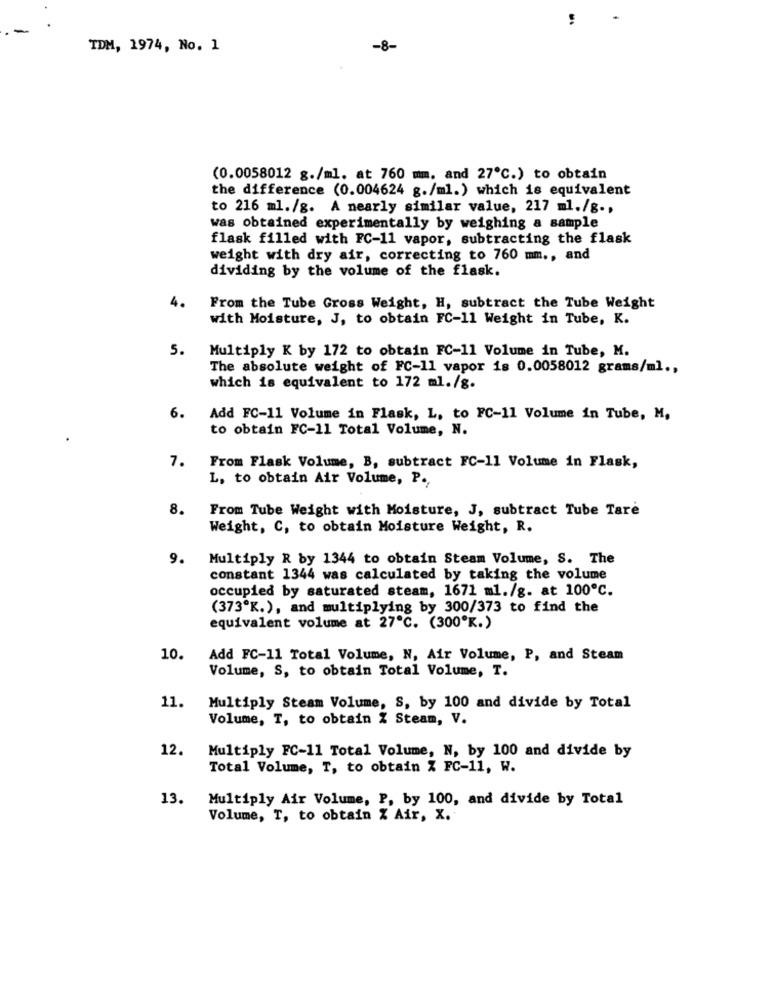
TDM, 1974, No. 1
-8-
(0.0058012 g./ml. at 760 mm, and 27℃.) to obtain
the difference (0.004624 g./ml.) which is equivalent
to 216 ml./g. A nearly similar value, 217 ml./g .,
was obtained experimentally by weighing a sample
flask filled with FC-11 vapor, subtracting the flask
weight with dry air, correcting to 760 mm ., and
dividing by the volume of the flask.
4.
From the Tube Gross Weight, H, subtract the Tube Weight
with Moisture, J, to obtain FC-11 Weight in Tube, K.
5.
Multiply K by 172 to obtain FC-11 Volume in Tube, M.
The absolute weight of FC-11 vapor is 0.0058012 grams/ml .,
which is equivalent to 172 ml. /g.
6. Add FC-11 Volume in Flask, L, to FC-11 Volume in Tube, M,
to obtain FC-11 Total Volume, N.
7. From Flask Volume, B, subtract FC-11 Volume in Flask,
L, to obtain Air Volume, P .,
8.
From Tube Weight with Moisture, J, subtract Tube Tare
Weight, C, to obtain Moisture Weight, R.
9. Multiply R by 1344 to obtain Steam Volume, S. The
constant 1344 was calculated by taking the volume
occupied by saturated steam, 1671 ml./g. at 100℃.
(373ºK.), and multiplying by 300/373 to find the
equivalent volume at 27℃. (300ºK.)
10.
Add FC-11 Total Volume, N, Air Volume, P, and Steam
Volume, S, to obtain Total Volume, T.
11.
Multiply Steam Volume, S, by 100 and divide by Total
Volume, T, to obtain % Steam, V.
12.
Multiply FC-11 Total Volume, N, by 100 and divide by
Total Volume, T, to obtain X FC-11, W.
13.
Multiply Air Volume, P, by 100, and divide by Total
Volume, T, to obtain % Air, X.